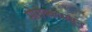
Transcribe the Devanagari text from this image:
मोरोक्कोमधून